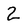
Character: 2